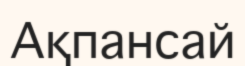
Ақпансай